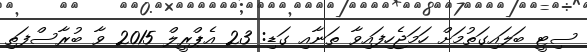
ސިޓީ ބަލައިގަތުމަށް ހަމަޖެހިފައިވާ ތަނާއި ގަޑި: 23 އެޕްރީލް 2015 ވާ ބުރާސްފަތި